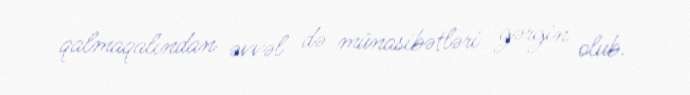
qalmaqalından əvvəl də münasibətləri gərgin olub.